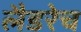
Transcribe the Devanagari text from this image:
लैडरेच